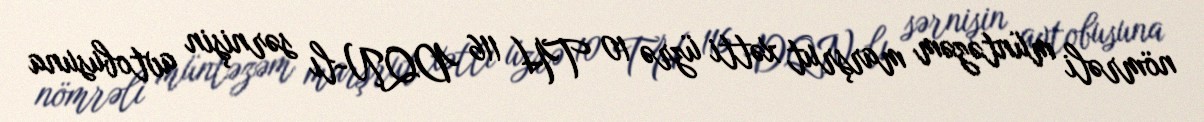
nömrəli müntəzəm marşrut xətti üzrə 10 TH 116 DQN-lı sərnişin avtobusuna